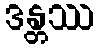
ဒန္တဿ